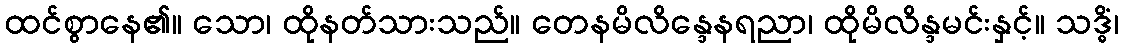
ထင်စွာနေ၏။ သော၊ ထိုနတ်သားသည်။ တေနမိလိန္ဒေနရညာ၊ ထိုမိလိန္ဒမင်းနှင့်။ သဒ္ဓိံ၊